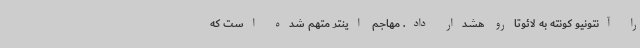
را آنتونیو کونته به لائوتارو هشدار داد. مهاجم اینتر متهم شده است که